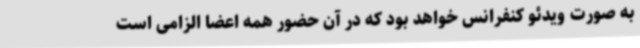
به صورت ویدئو کنفرانس خواهد بود که در آن حضور همه اعضا الزامی است